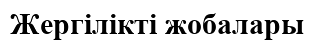
Жергілікті жобалары